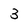
Character: 3